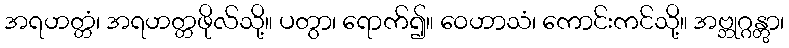
အရဟတ္တံ၊ အရဟတ္တဖိုလ်သို့။ ပတွာ၊ ရောက်၍။ ဝေဟာသံ၊ ကောင်းကင်သို့။ အဗ္ဘုဂ္ဂန္တွာ၊